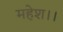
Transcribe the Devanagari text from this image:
महेश।।